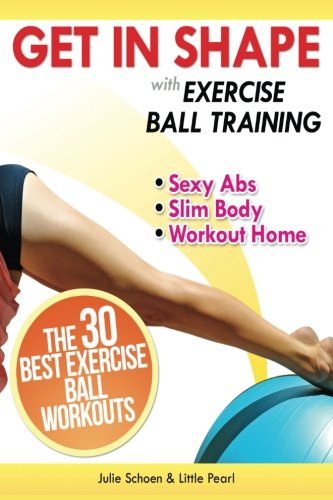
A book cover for Get In Shape With Exercise Ball Training: The 30 Best Exercise Ball Workouts For Sexy Abs And A Slim Body At Home (Get In Shape Workout Routines and Exercises) (Volume 1); Julie Schoen; Health, Fitness & Dieting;